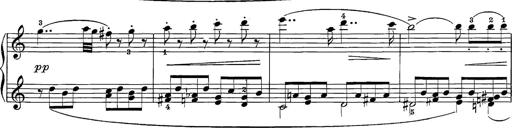
Title: 12 Sonatine per Pianoforte
Composer: Friedrich Kuhlau